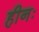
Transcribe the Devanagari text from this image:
हीनः